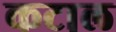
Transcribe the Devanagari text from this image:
कटाल